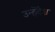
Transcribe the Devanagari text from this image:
उन्हेंदेश